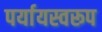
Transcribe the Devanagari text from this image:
पर्यायस्वरूप